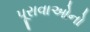
પૂરાવાઓનો